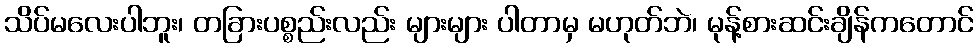
သိပ်မလေးပါဘူး၊ တခြားပစ္စည်းလည်း များများ ပါတာမှ မဟုတ်ဘဲ၊ မုန့်စားဆင်းချိန်ကတောင်